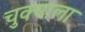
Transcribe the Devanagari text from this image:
चुक्याला